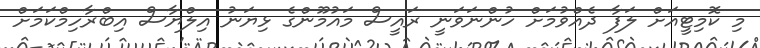
މި ކޮމިޓީއަށް ލަފާ ދެއްވުމަށް ހުންނަވަނީ ރައީސް މައުމޫންގެ ޅިޔަނު އިލްޔާސް އިބްރާހިމްކަމަށް